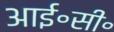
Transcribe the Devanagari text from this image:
आई॰सी॰